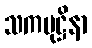
သကမုဋ္ဌိနာ